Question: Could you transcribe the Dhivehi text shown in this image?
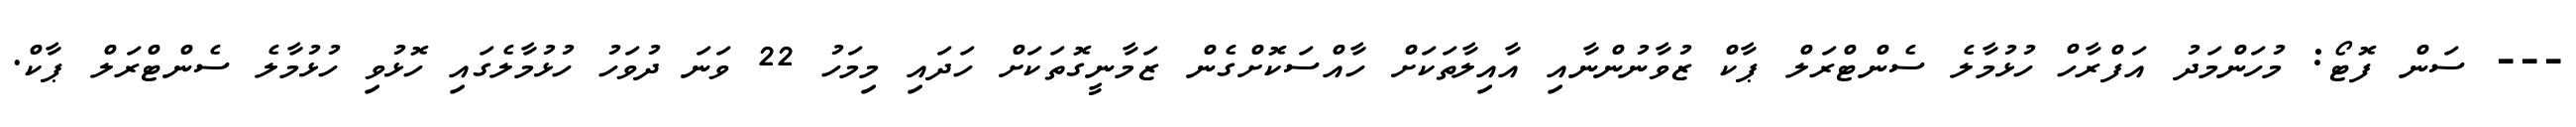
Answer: --- ސަން ފޮޓޯ: މުހަންމަދު އަފްރާހް ހުޅުމާލެ ސެންޓްރަލް ޕާކް ޒުވާނުންނާއި އާއިލާތަކަށް ހާއްސަކޮށްގެން ޒަމާނީގޮތަކަށް ހަދައި މިމަހު 22 ވަނަ ދުވަހު ހުޅުމާލެގައި ހޮޅުވި ހުޅުމާލެ ސެންޓްރަލް ޕާކް.